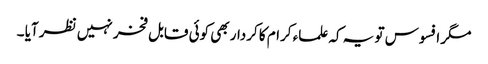
مگر افسوس تو یہ کہ علماء کرام کا کردار بھی کوئی قابل فخر نہیں نظر آیا ۔